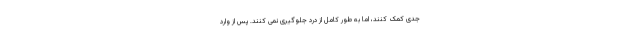
جدی کمک کنند، اما به طور کامل از درد جلوگیری نمی کنند. پس از وارد